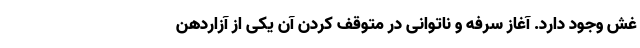
غش وجود دارد. آغاز سرفه و ناتوانی در متوقف کردن آن یکی از آزاردهن